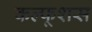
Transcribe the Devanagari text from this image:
कल्फूशस